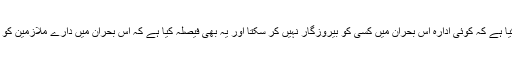
سندھ حکومت نے فیصلہ کیا ہے کہ کوئی ادارہ اس بحران میں کسی کو بیروزگار نہیں کر سکتا اور یہ بھی فیصلہ کیا ہے کہ اس بحران میں دارے ملازمین کو پوری تنخواہ ادا کریں گے۔